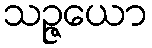
သဉ္ဇယော